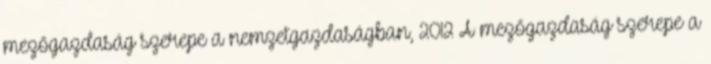
mezőgazdaság szerepe a nemzetgazdaságban, 2012 A mezőgazdaság szerepe a